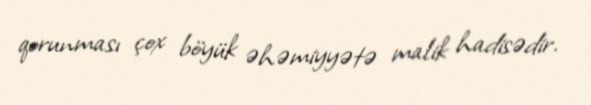
qorunması çox böyük əhəmiyyətə malik hadisədir.